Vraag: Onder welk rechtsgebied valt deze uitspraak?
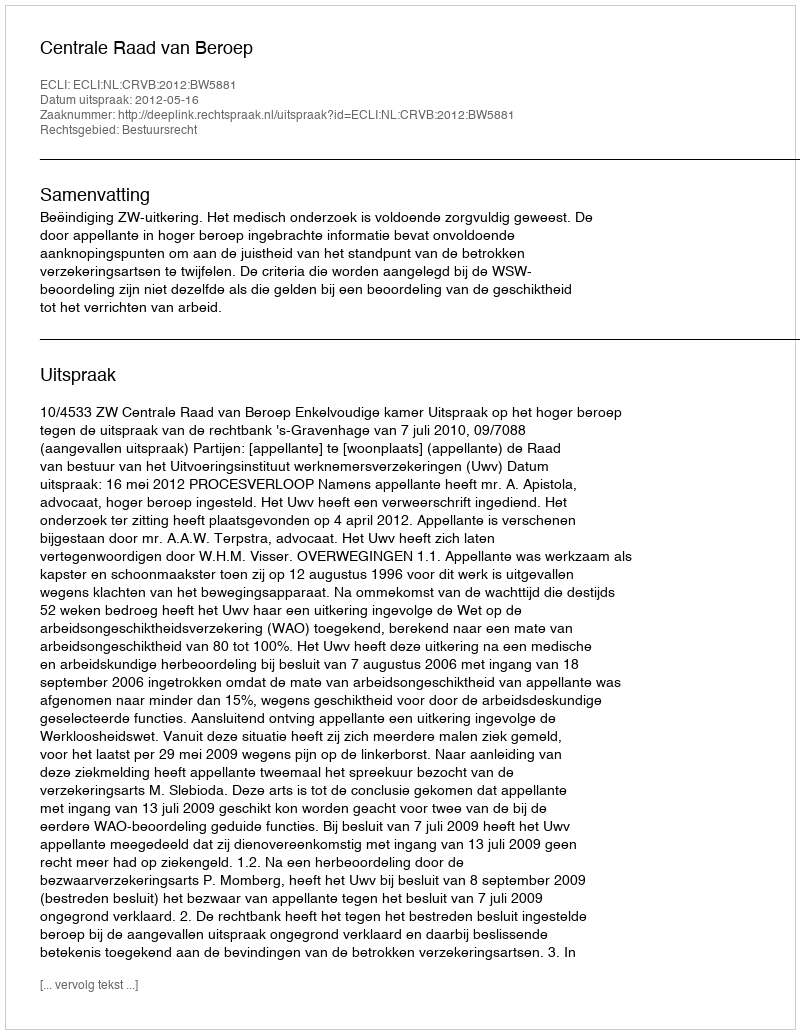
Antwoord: Bestuursrecht